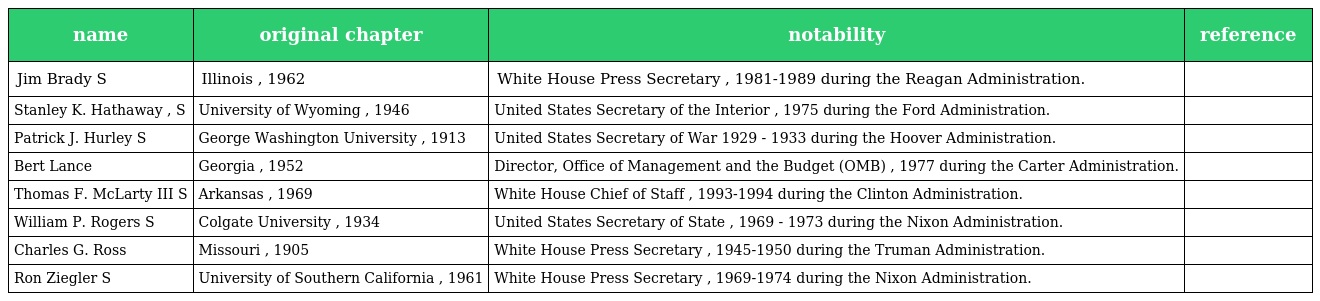
| name | original chapter | notability | reference |
 | --- | --- | --- | --- |
 | Jim Brady S | Illinois , 1962 | White House Press Secretary , 1981-1989 during the Reagan Administration. |  |
 | Stanley K. Hathaway , S | University of Wyoming , 1946 | United States Secretary of the Interior , 1975 during the Ford Administration. |  |
 | Patrick J. Hurley S | George Washington University , 1913 | United States Secretary of War 1929 - 1933 during the Hoover Administration. |  |
 | Bert Lance | Georgia , 1952 | Director, Office of Management and the Budget (OMB) , 1977 during the Carter Administration. |  |
 | Thomas F. McLarty III S | Arkansas , 1969 | White House Chief of Staff , 1993-1994 during the Clinton Administration. |  |
 | William P. Rogers S | Colgate University , 1934 | United States Secretary of State , 1969 - 1973 during the Nixon Administration. |  |
 | Charles G. Ross | Missouri , 1905 | White House Press Secretary , 1945-1950 during the Truman Administration. |  |
 | Ron Ziegler S | University of Southern California , 1961 | White House Press Secretary , 1969-1974 during the Nixon Administration. |  |